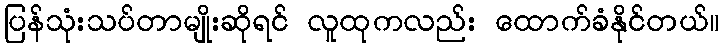
ပြန်သုံးသပ်တာမျိုးဆိုရင် လူထုကလည်း ထောက်ခံနိုင်တယ်။